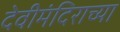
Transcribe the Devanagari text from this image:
देवीमंदिराच्या